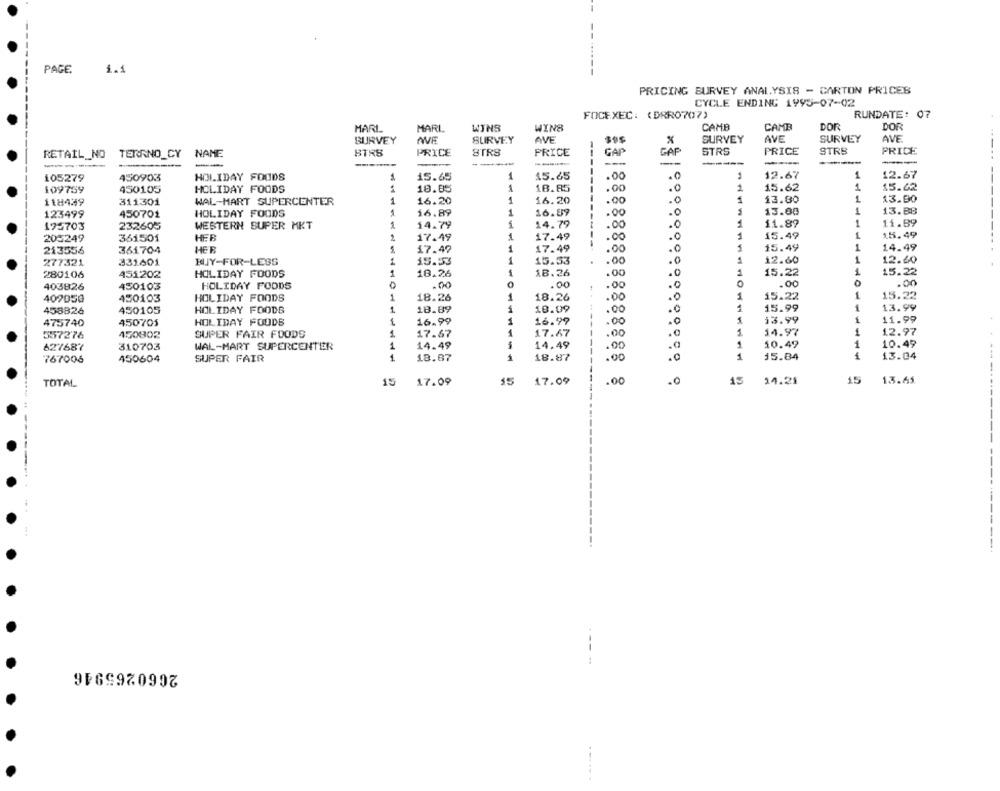
PAGE
1.1
PRICING BURVEY ANALYSIS - CARTON PRICES
CYCLE ENDING 1995-07-02
FOCEXEC: (DRR0707)
RUNDATE: 07
MARL
MARL
WINS
WINS
CAMB
CAMB
DOR
DOR
BURVEY
AVE
SURVEY
AVE
$95
SURVEY
AVE
SURVEY
AVE
GAF
STRS
PRICE
STRB
PRICE
RETAIL_NO
TERRNO_CY NAME
BTRS
PRICE
8TRS
PRICE
CAP
----
---
-
-----
1
15.45
12.67
1
12.67
105279
450903
HOLIDAY FOODS
15.65
.00
109759
450105
HOLIDAY FOODS
18.85
18.85
.00
.0
2
15.62
1
15.42
1
13.80
1
13.90
118439
311301
WAL-MART SUPERCENTER
1
16.20
16.20
.00
.0
123499
450702
HOLIDAY FOODS
16.89
1
16.59
.00
13.00
1
13.88
11.89
195703
232605
WESTERN SUPER MKT
14.79
1
14.79
.00
.0
11.89
205249
361501
HFB
2
17.49
1
17.49
.00
.0
15.49
1
15.49
14.49
213556
361704
HER
17.49
1
17.49
.00
.0
15.49
1
277321
331601
BUY-FOR-LESS
15.53
15.33
.00
.0
12.60
1
12.40
280106
451202
HOLIDAY FOODS
1
18.26
18.26
1
15.22
1
15.22
403826
450103
HOLIDAY FOODS
.00
.00
.0
.00
0
.00
00
409050
450103
HOLIDAY FOODS
1
18.26
1
18.26
.00
.0
1
15.22
1
15.22
1
18.89
18.09
1
15.99
1
13.99
458826
450105
HOLIDAY FOODS
.00
475740
450705
HOLIDAY FOODS
16.99
1
16.97
.00
13.99
1
11.99
1
17.67
1
17.67
1
14.97
1
12.97
5572'76
450802
SUPER FAIR FOODS
.00
627687
310703
WAL-MART SUPERCENTER
1
14.49
5
14,49
.00
1
10.49
1
10.49
1
18.67
1
18.87
1
15.84
1
13.04
767006
450604
SUPER FAIR
.00
17.09
17.09
.0
15
14.21
15
13.45
TOTAL
15
2660265946